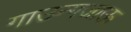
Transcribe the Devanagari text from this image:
गाउन्गजाऊ